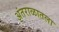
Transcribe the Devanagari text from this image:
अंतराळातला